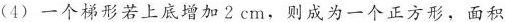
(4)一个梯形若上底增加2cm，则成为一个正方形，面积